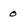
Character: 0